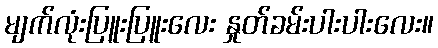
မျက်လုံးပြူးပြူးလေး နှုတ်ခမ်းပါးပါးလေး။